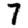
Digit: 7